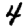
Digit: 4